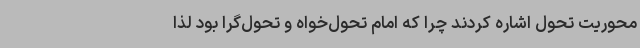
محوریت تحول اشاره کردند چرا که امام تحول‌خواه و تحول‌گرا بود لذا